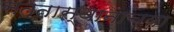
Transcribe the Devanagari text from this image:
सत्तास्थानाच्या